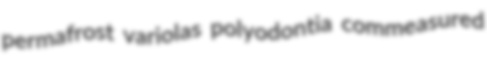
permafrost variolas polyodontia commeasured